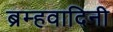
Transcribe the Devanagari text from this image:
ब्रम्हवादिनी